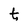
Character: t